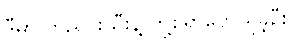
ဒီမှာ တညင်းသီးနဲ့ တို့စရာတွေယူခဲ့ဦး။